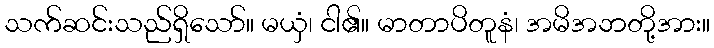
သက်ဆင်းသည်ရှိသော်။ မယှံ၊ ငါ၏။ မာတာပိတူနံ၊ အမိအဘတို့အား။